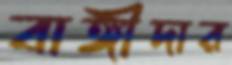
বাঙ্গীদার